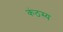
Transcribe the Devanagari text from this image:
कंठस्य